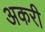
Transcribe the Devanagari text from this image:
अकरी